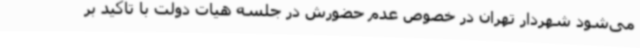
می‌شود شهردار تهران در خصوص عدم حضورش در جلسه هیات دولت با تاکید بر